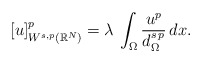
\begin{align*}[u]_{W^{s,p}(\mathbb{R}^N)}^p=\lambda\,\int_\Omega \frac{u^p}{d_\Omega^{s\,p}}\,dx.\end{align*}